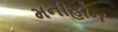
મનીહોન